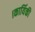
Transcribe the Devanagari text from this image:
।कार्यिकी